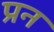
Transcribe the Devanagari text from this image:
प्रन